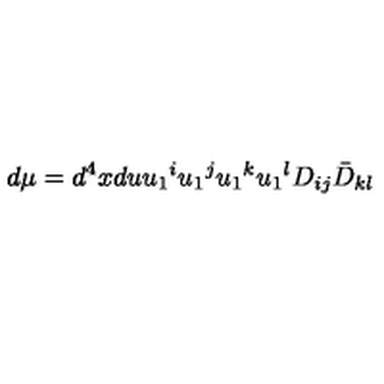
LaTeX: d \mu = d ^ { 4 } x d u u _ { 1 } { } ^ { i } u _ { 1 } { } ^ { j } u _ { 1 } { } ^ { k } u _ { 1 } { } ^ { l } D _ { i j } \bar { D } _ { k l }